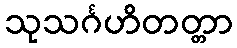
သုသင်္ဂဟိတတ္တာ